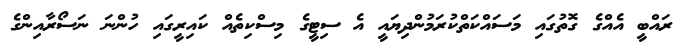
ރައްބީ އެއްގެ ގޮތުގައި މަސައްކަތްކުރަމުންދިޔައީ އެ ސިޓީގެ މިސްކިތެއް ކައިރީގައި ހުންނަ ނަސޯރާއިންގެ